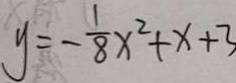
y = - \frac { 1 } { 8 } x ^ { 2 } + x + 3